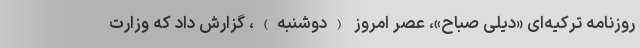
روزنامه ترکیه‌ای «دیلی صباح»، عصر امروز (دوشنبه)، گزارش داد که وزارت